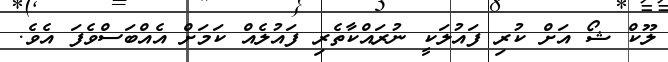
ލޫކް ޝޯ އަށް ކުރި ފައުލަކީ ނުރައްކާތެރި ފައުލެއް ކަމަށް އެއްބަސްވެފަ އެވެ.